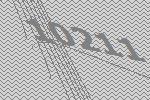
10211